Report on sanitation, dispensaries, and jails in Rajputana for 1909, and on vaccination for the year 1909-1910 - 1909-1910
Year: 1909
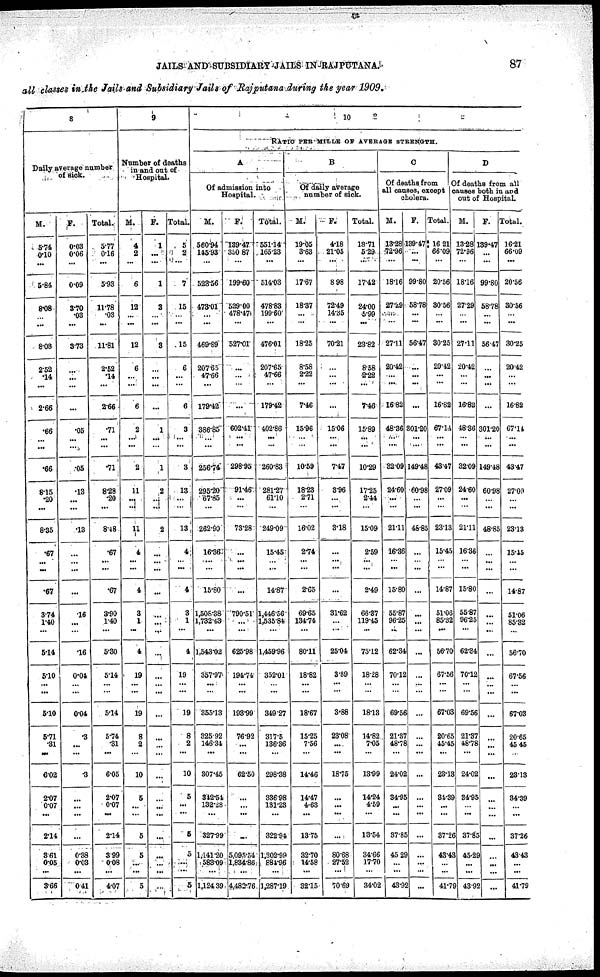
JAILS AND SUBSIDIARY JAILS IN RAJPUTANA.
87
all classes in the Jails and Subsidiary Jails of Rajputana during the year 1909.
8
Daily average number
of sick.
M.
5.74
0.10
...
5.84
8.08
...
...
8.08
2.52
.14
...
2.66
.66
...
...
.66
8.15
.20
...
8.35
.67
...
...
.67
3.74
1.40
...
5.14
5.10
...
...
5.10
5.71
.31
...
6.02
2.07
0.07
...
2.14
3.61
0.05
...
3.66
F.
0.03
0.06
...
0.09
3.70
.03
...
3.73
...
...
...
...
.05
...
...
.05
.13
...
...
.13
...
...
...
...
.16
...
...
.16
0.04
...
. ..
0.04
.3
...
...
.3
...
...
...
...
0.38
0.03
...
0.41
Total.
5.77
0.16
...
5.93
11.78
.03
...
11.81
2.52
.14
...
2.66
.71
...
...
.71
8.28
.20
...
8.48
.67
...
...
.67
3.90
1.40
. ..
5.30
5.14
...
...
5.14
5.74
.31
...
6.05
2.07
0.07
...
2.14
3.99
0.08
...
4.07
9
Number of deaths
in and out of
Hospital.
M.
4
2
...
6
12
...
...
12
6
...
...
6
2
...
...
2
11
...
...
11
4
...
...
4
3
1
...
4
19
...
...
19
8
2
...
10
5
...
...
5
5
...
...
5
F.
1
...
...
1
3
...
...
3
...
...
...
...
1
...
...
1
2
...
...
2
...
...
...
...
...
...
...
...
...
...
...
...
...
...
...
...
...
...
...
...
...
...
...
...
Total.
5
2
...
7
15
...
...
15
6
...
...
6
3
...
...
3
13
...
...
13
4
...
...
4
3
1
...
4
19
...
...
19
8
2
...
10
5
...
...
5
5
...
...
5
10
RATIO PER MILLE OF AVERAGE STRENGTH.
A
Of admission into
Hospital.
M.
560.94
145.93
...
523.56
473.01
...
...
469.89
207.65
47.66
...
179.42
386.85
...
...
256.74
295.20
67.85
...
262.90
16.36
...
...
15.80
1,508.38
1,732.43
...
1,543.02
357.97
...
...
355.13
325.92
146.34
...
307.45
342.54
132.28
...
327.99
1,141.20
583.09
...
1,124 39
F.
139.47
350.87
...
199.60
529.00
478.47
...
527.01
...
...
...
...
602.41
...
...
298.95
91.46
...
...
73.28
...
...
...
...
790.51
...
...
625.98
194.74
...
...
193.99
76.92
...
...
62.50
...
...
...
...
5,095.54
1,834.86
...
4,482.76
Total.
551.14
165.23
...
514.03
478.83
199.60
...
476.01
207.65
47.66
...
179.42
402.86
...
...
260.83
281.27
61.10
...
249.09
15.45
...
...
14.87
1,446.56
1,535.84
...
1,459.96
352.01
...
...
349.27
317.5
136.36
...
298.38
336.98
131.23
...
322.94
1,302.99
884.96
...
1,287.19
B
Of daily average
number of sick.
M.
19.05
3.63
...
17.67
18.37
...
...
18.25
8.58
2.22
...
7.46
15.96
...
...
10.59
18.23
2.71
...
16.02
2.74
...
...
2.65
69.65
134.74
...
80.11
18.82
...
...
18.67
15.25
7.56
...
14.46
14.47
4.63
...
13.75
32.70
14.58
...
32.15
F.
4.18
21.05
...
8.98
72.49
14.35
...
70.21
...
...
...
...
15.06
...
...
7.47
3.96
...
...
3.18
...
...
...
...
31.62
...
...
25.04
3.89
...
...
3.88
23.08
...
...
18.75
...
...
...
...
80.68
27.52
...
70.69
Total.
18.71
5.29
...
17.42
24.00
5.99
...
23.82
8.58
2.22
...
7.46
15.89
...
...
10.29
17.25
2.44
...
15.09
2.59
...
...
2.49
66.37
119.45
...
75.12
18.28
...
...
18.13
14.82
7.05
...
13.99
14.24
4.59
...
13.54
34.66
17.70
...
34.02
C
Of deaths from
all causes, except
cholera.
M.
13.28
72.96
...
18.16
27.29
...
...
27.11
20.42
...
...
16.82
48.36
...
...
32.09
24.60
...
...
21.11
16.36
...
...
15.80
55.87
96.25
...
62.34
70.12
...
...
69.56
21.37
48.78
...
24.02
34.95
...
...
37.85
45.29
...
...
43.92
F.
139.47
...
...
99.80
58.78
...
...
56.47
...
...
...
...
301.20
...
...
149.48
60.98
...
...
48.85
...
...
...
...
...
...
...
...
...
...
...
...
...
...
...
...
...
...
...
...
...
...
...
...
Total.
16.21
66.09
...
20.56
30.56
...
...
30.25
20.42
...
...
16.82
67.14
...
...
43.47
27.09
...
...
23.13
15.45
...
...
14.87
51.06
85.32
...
56.70
67.56
...
...
67.03
20.65
45.45
...
23.13
34.39
...
...
37.26
43.43
...
...
41.79
D
Of deaths from all
causes both in and
out of Hospital.
M.
13.28
72.96
...
18.16
27.29
...
...
27.11
20.42
...
...
16.82
48.36
...
...
32.09
24.60
...
...
21.11
16.36
...
...
15.80
55.87
96.25
...
62.84
70.12
...
...
69.56
21.37
48.78
...
24.02
34.95
...
...
37.85
45.29
...
...
43.92
F.
139.47
...
...
99.80
58.78
...
...
56.47
...
...
...
...
301.20
...
...
149.48
60.98
...
...
48.85
...
...
...
...
...
...
...
...
...
...
...
...
...
...
...
...
...
...
...
...
...
...
...
...
Total.
16.21
66.09
...
20.56
30.56
...
...
30.25
20.42
...
...
16.82
67.14
...
...
43.47
27.09
...
...
23.13
15.45
...
...
14.87
51.06
85.32
...
56.70
67.56
...
...
67.03
20.65
45.45
...
23.13
34.39
...
...
37.26
43.43
...
...
41.79